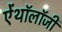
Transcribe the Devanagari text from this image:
ऐंथॉलॉजी